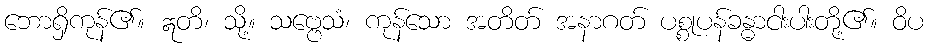
ဘောရှိကုန်၏။ ဣတိ၊ သို့။ သဗ္ဗေသံ၊ ကုန်သော အတိတ် အနာဂတ် ပစ္စုပန်ခန္ဓာငါးပါးတို့၏။ ဝိပ